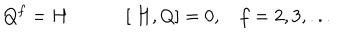
Q ^ { f } = H \: \: \: \: \: \: \, \: \: \: \: \: \: \ [ \ H , Q ] = 0 , \: \: \: \ f = 2 , 3 , . . .